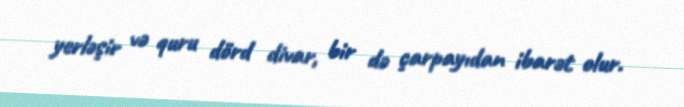
yerləşir və quru dörd divar, bir də çarpayıdan ibarət olur.